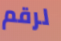
لرقم